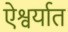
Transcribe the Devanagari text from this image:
ऐश्वर्यात